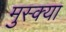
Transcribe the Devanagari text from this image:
मुस्क्या